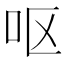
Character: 呕